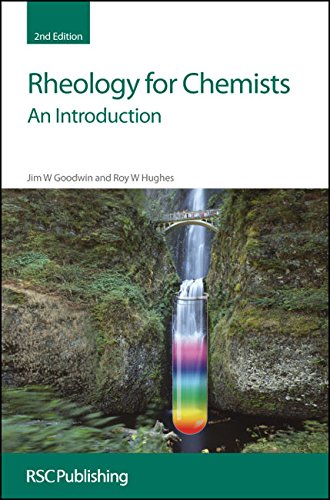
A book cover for Rheology for Chemists: An Introduction; J W Goodwin; Science & Math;